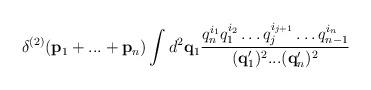
LaTeX: \begin{align*}\delta ^{(2)}(\mbox{\rm\bf p}_1+...+\mbox{\rm\bf p}_n) \int d^2\mbox{\rm\bf q}_1\frac{q_n^{i_1}q_1^{i_2}\ldots q_j^{i_{j+1}}\ldots q_{n-1}^{i_n}}{(\mbox{\rm\bf q}_1')^2...(\mbox{\rm\bf q}_n')^2}\end{align*}